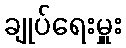
ချုပ်ရေးမှူး